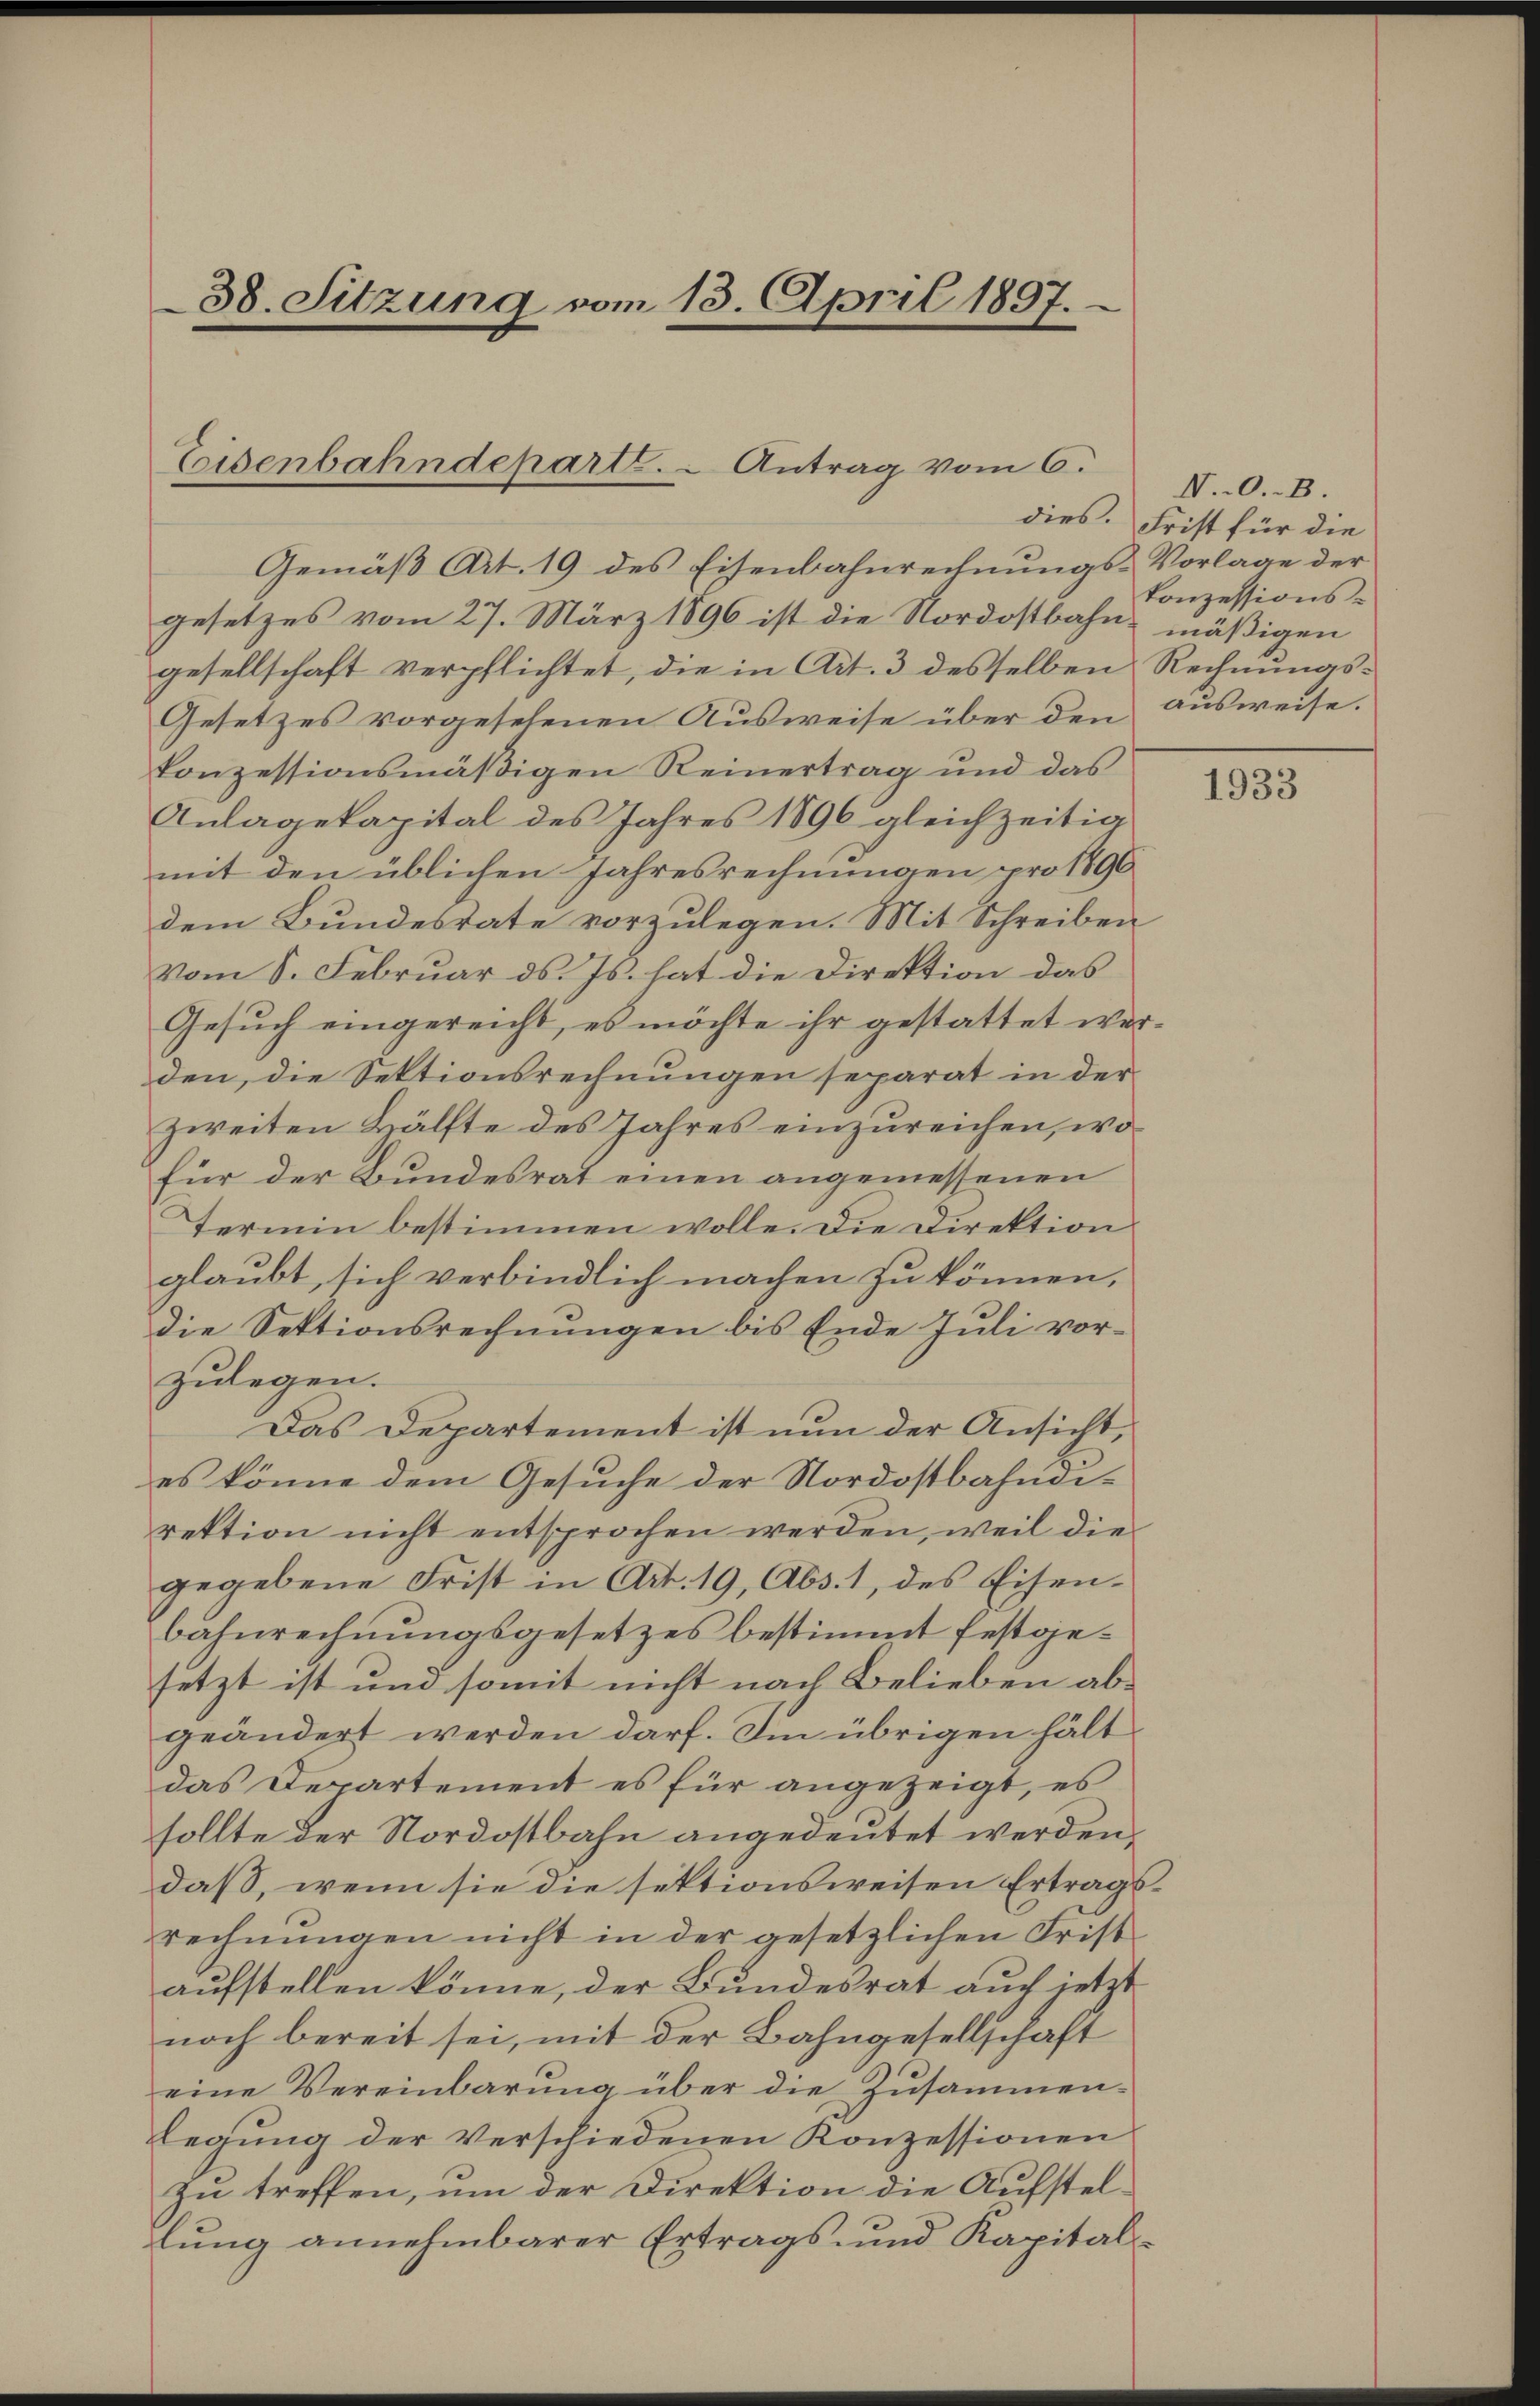
38. Sitzung vom 13. April 1897.

Eisenbahndeparte. - Antrag vom 6.

Gemäß Art. 19 des Eisenbahnrechnungs-Vorlage der
gesetzes vom 27. März 1896 ist die Nordostbahn mäßigen
gesellschaft verpflichtet, die in Art. 3 desselben Rechnungs¬
Gesetzes vorgesehenen Ausweise über den ausweise.
konzessionsmäßigen Reinertrag und das
Anlagekapital des Jahres 1896 gleichzeitig
mit den üblichen Jahresrechnungen pro 1896
dem Bundestate vorzulegen. Mit Schreiben
vom S. Februar d. Js. hat die Direktion das
Gesuch eingereicht, es möchte ihr gestattet werden, die Sektionsrechnungen separat in der
zweiten Hälfte des Jahres einzureichen, wo
für der Bundesrat einen angemessenen
Termin bestimmen wolle. Die Direktion
glaubt, sich verbindlich machen zu können,
die Sektionsrechnungen bis Ende Juli vor-
zulegen.
Das Departement ist nun der Ansicht,
es könne dem Gesuche der Nordostbahndirektion nicht entsprochen werden, weil die
gegebene Frist in Art. 19, Abs. 1, des Eisenbähnrechnungsgesetzes bestimmt festgesetzt ist und somit nicht nach Belieben abgeändert werden darf. Im übrigen hält
das Departement es für angezeigt, es
sollte der Nordostbahn angedeutet werden,
daß, wenn sie die sektionsweisen Ertragsrechnungen nicht in der gesetzlichen Fristaufstellen könne, der Bundesrat auch jetzt
noch bereit sei, mit der Bahngesellschaft
eine Vereinbarung über die Zusammen-
legung der verschiedenen Konzessionen
zu treffen, um der Direktion die Aufstel-
lung annehmbarer Ertrags- und Kapital¬

N.0.-B
dies. Frist für die
konzessions-

1933